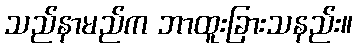
သည်နာမည်က ဘာထူးခြားသနည်း။